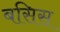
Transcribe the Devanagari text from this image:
बसिस